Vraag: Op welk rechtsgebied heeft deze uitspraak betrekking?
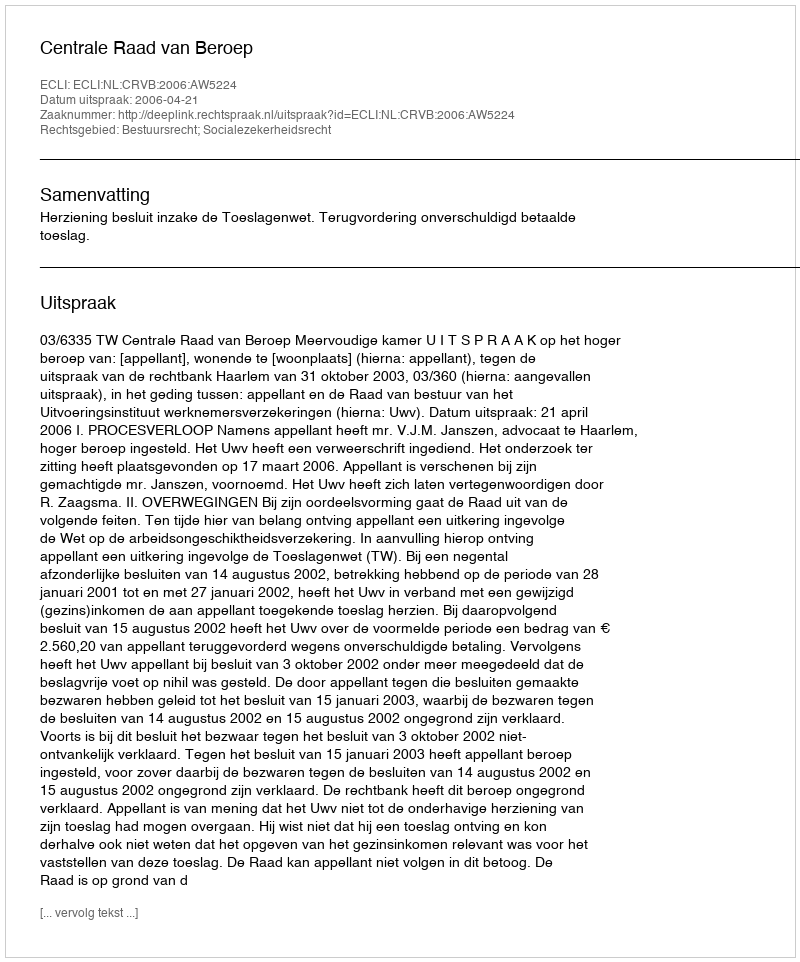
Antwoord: Bestuursrecht; Socialezekerheidsrecht